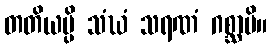
တတိယမ္ပိ သံဃံ သရဏံ ဂစ္ဆာမိ။